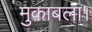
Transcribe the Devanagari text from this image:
मुक़ाबला।